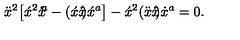
\ddot { x } ^ { 2 } \big [ \acute { x } { } ^ { 2 } x \! \! \dot { } \acute { } { } ^ { a } - ( \acute { x } x \! \! \dot { } \acute { } ) \acute { x } { } ^ { a } \big ] - \acute { x } ^ { 2 } ( \ddot { x } x \! \! \dot { } \dot { } \acute { } ) \dot { x } { } ^ { a } = 0 .